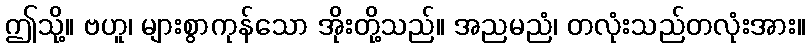
ဤသို့။ ဗဟူ၊ များစွာကုန်သော အိုးတို့သည်။ အညမညံ၊ တလုံးသည်တလုံးအား။